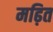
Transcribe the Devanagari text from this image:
मढ़ित